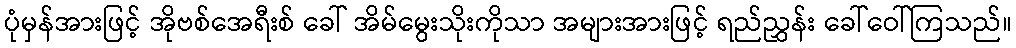
ပုံမှန်အားဖြင့် အိုဗစ်အေရီးစ် ခေါ် အိမ်မွေးသိုးကိုသာ အများအားဖြင့် ရည်ညွှန်း ခေါ်ဝေါ်ကြသည်။